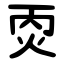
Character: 㶮